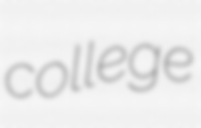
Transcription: college